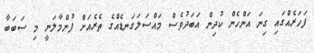
ފަހަރެއްގައި ގިނަ އަންހެން ކުދިން އަބަދުވެސް މައްސަލަގަނޑެއްގެ ތެރެއަށް ފުންމާލަނީ މި ސަބަބާ